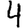
Digit: 4